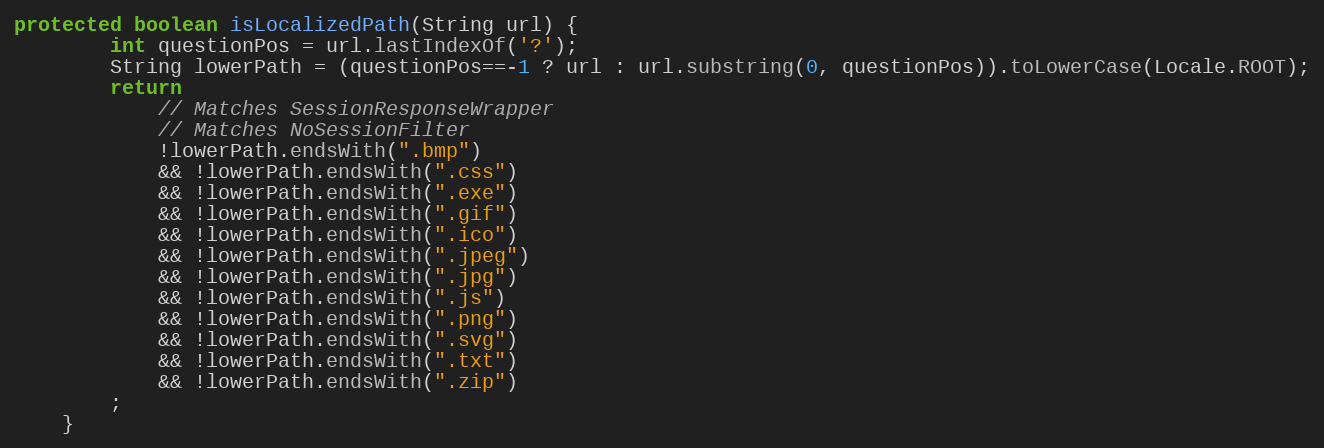
Language: Java
protected boolean isLocalizedPath(String url) {
		int questionPos = url.lastIndexOf('?');
		String lowerPath = (questionPos==-1 ? url : url.substring(0, questionPos)).toLowerCase(Locale.ROOT);
		return
			// Matches SessionResponseWrapper
			// Matches NoSessionFilter
			!lowerPath.endsWith(".bmp")
			&& !lowerPath.endsWith(".css")
			&& !lowerPath.endsWith(".exe")
			&& !lowerPath.endsWith(".gif")
			&& !lowerPath.endsWith(".ico")
			&& !lowerPath.endsWith(".jpeg")
			&& !lowerPath.endsWith(".jpg")
			&& !lowerPath.endsWith(".js")
			&& !lowerPath.endsWith(".png")
			&& !lowerPath.endsWith(".svg")
			&& !lowerPath.endsWith(".txt")
			&& !lowerPath.endsWith(".zip")
		;
	}